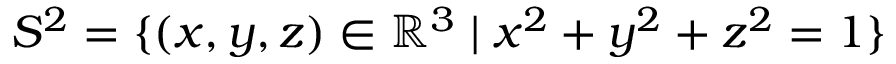
S ^ { 2 } = \{ ( x , y , z ) \in \mathbb { R } ^ { 3 } \mid x ^ { 2 } + y ^ { 2 } + z ^ { 2 } = 1 \}